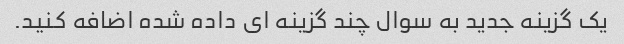
یک گزینه جدید به سوال چند گزینه ای داده شده اضافه کنید.